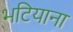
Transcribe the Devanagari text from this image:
भटियाना